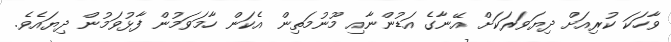
ވާހަކަ ކުރިއަށް ދިޔަވަރަކަށް އޭނާގެ އަޑުންނާއި މޫނުމަތިން އެކަން ހާމަވަމުން ފާޅުވަމުން ދިޔައެވެ.